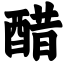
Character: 醋